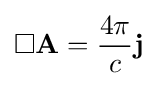
\Box \mathbf {A} ={\frac {4\pi }{c}}\mathbf {j}